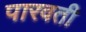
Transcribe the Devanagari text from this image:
पारवती